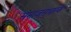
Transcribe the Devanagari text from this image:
समाजसुधारकें